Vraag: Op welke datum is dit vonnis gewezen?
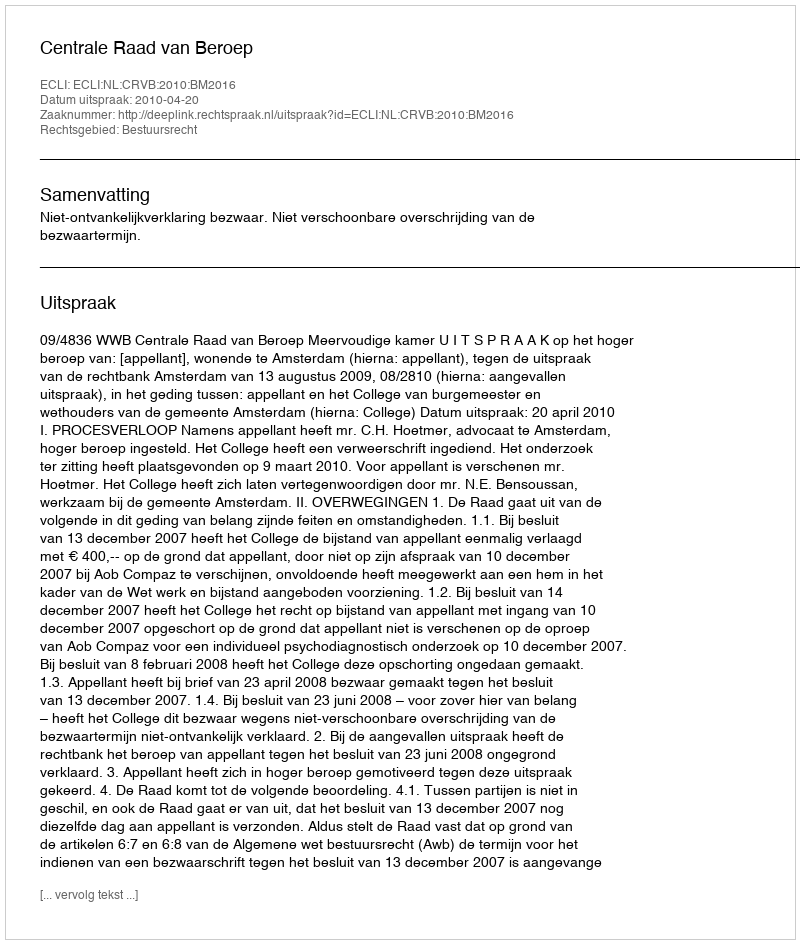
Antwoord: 2010-04-20